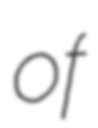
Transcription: of